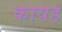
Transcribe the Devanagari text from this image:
कायह